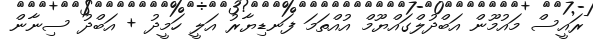
ރައީސް މައުމޫން އަބްދުލްގައްޔޫމް އުއްތަމަ ފަނޑިޔާރު އަލީ ހަމީދު + އަބްދު ސިނާން